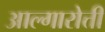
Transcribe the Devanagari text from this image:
आल्गारोत्ती